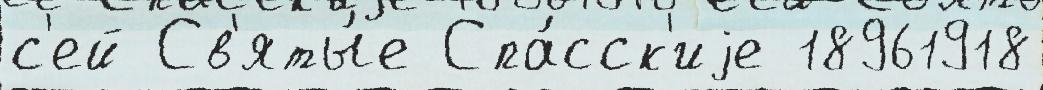
с'ей Св'яты́е Спа́сск'иjе 18961918